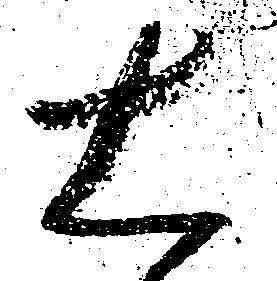
右